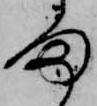
ま